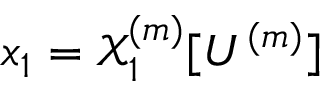
x _ { 1 } = \mathcal { X } _ { 1 } ^ { ( m ) } [ U ^ { ( m ) } ]